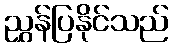
ညွှန်ပြနိုင်သည်